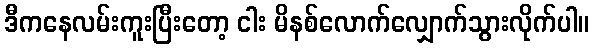
ဒီကနေလမ်းကူးပြီးတော့ ငါး မိနစ်လောက်လျှောက်သွားလိုက်ပါ။